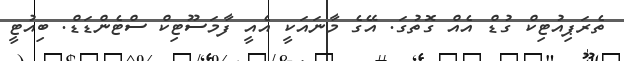
ތެރަޕިއުޓިކް ގުޑް އެއް ގޮތުގަ. އޭގެ މާނައަކީ އެއީ ފާމަސޫޓިކް ސްޓެންޑަޑް. ބިއުޓީ